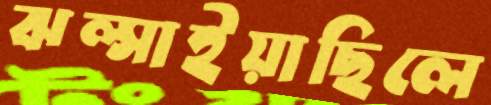
ঝল্‌সাইয়াছিলে